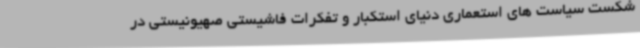
شکست سیاست های استعماری دنیای استکبار و تفکرات فاشیستی صهیونیستی در